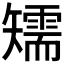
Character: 𥐎